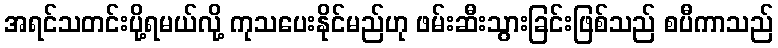
အရင်သတင်းပို့ရမယ်လို့ ကုသပေးနိုင်မည်ဟု ဖမ်းဆီးသွားခြင်းဖြစ်သည် စပီကာသည်